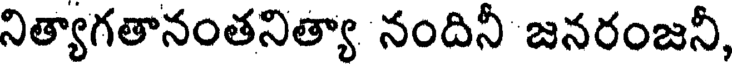
నిత్యాగతానంతనిత్యా నందినీ జనరంజనీ,